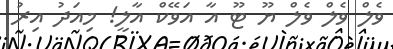
ވެލް ވެލް ވެލް ޔޫ ޓޫ އާ އަވޭކް އާލީ! މިއަދު އިރު